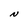
Character: N